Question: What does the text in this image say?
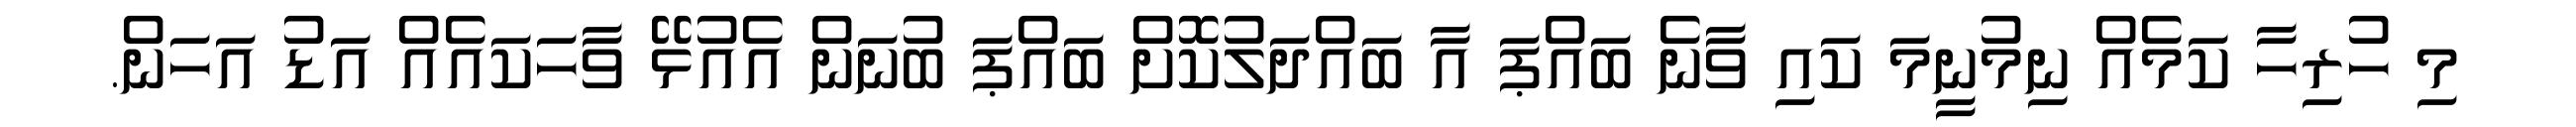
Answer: މި ހުރިހާ ކަމެއް ނިމުނީމަ ކައި ވާނެ ބައްޕަ އާ ބައްދަލުކޮށް ބައްޕަ ބުނަން އެއުޅޭ ވާހަކައެއް އަޑު އަހަން.